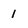
Character: 1